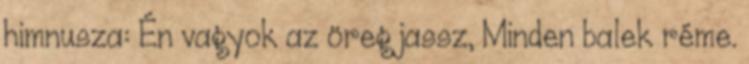
himnusza: Én vagyok az öreg jassz, Minden balek réme.